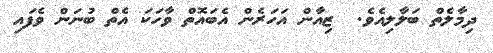
ދިމާލެތް ބަލާލިއެވެ.  ޒިއާން އަހަރެން އެބައޮތް ވާހަކަ އެތް ބުނަން ވެފައި